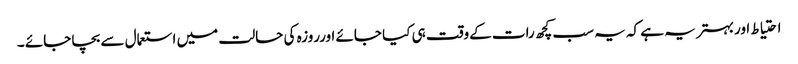
احتیاط اوربہتر یہ ہے کہ یہ سب کچھ رات کےوقت ہی کیا جائے اورروزہ کی حالت میں استعمال سے بچا جائے ۔